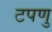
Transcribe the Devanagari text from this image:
टपणु